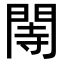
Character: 䦙